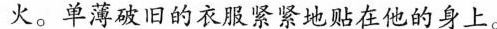
火。单薄破旧的衣服紧紧地贴在他的身上。